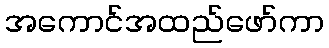
အကောင်အထည်ဖော်ကာ